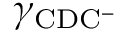
\gamma _ { \mathrm { C D C ^ { - } } }